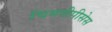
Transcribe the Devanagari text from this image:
चिमनीपीसेस